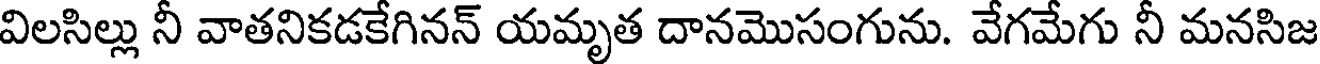
విలసిల్లు నీ వాతనికడకేగినన్ యమృత దానమొసంగును. వేగమేగు నీ మనసిజ